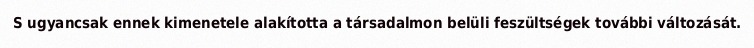
S ugyancsak ennek kimenetele alakította a társadalmon belüli feszültségek további változását.